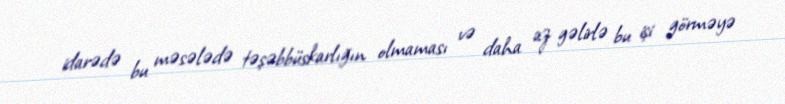
idarədə bu məsələdə təşəbbüskarlığın olmaması və daha az gəlirlə bu işi görməyə